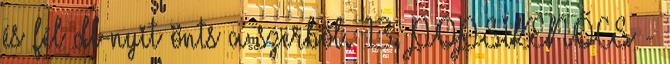
és fél dl-nyit önts a szerből. 13. POPSIKENŐCS -